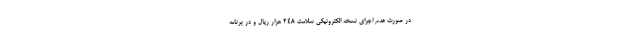
در صورت عدم اجرای نسخه الکترونیکی سلامت ۲۴۸ هزار ریال و در برنامه